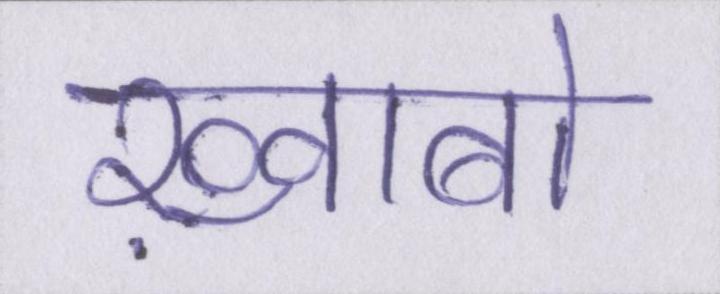
ख़्वाबों